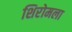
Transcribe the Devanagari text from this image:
शिरोमला